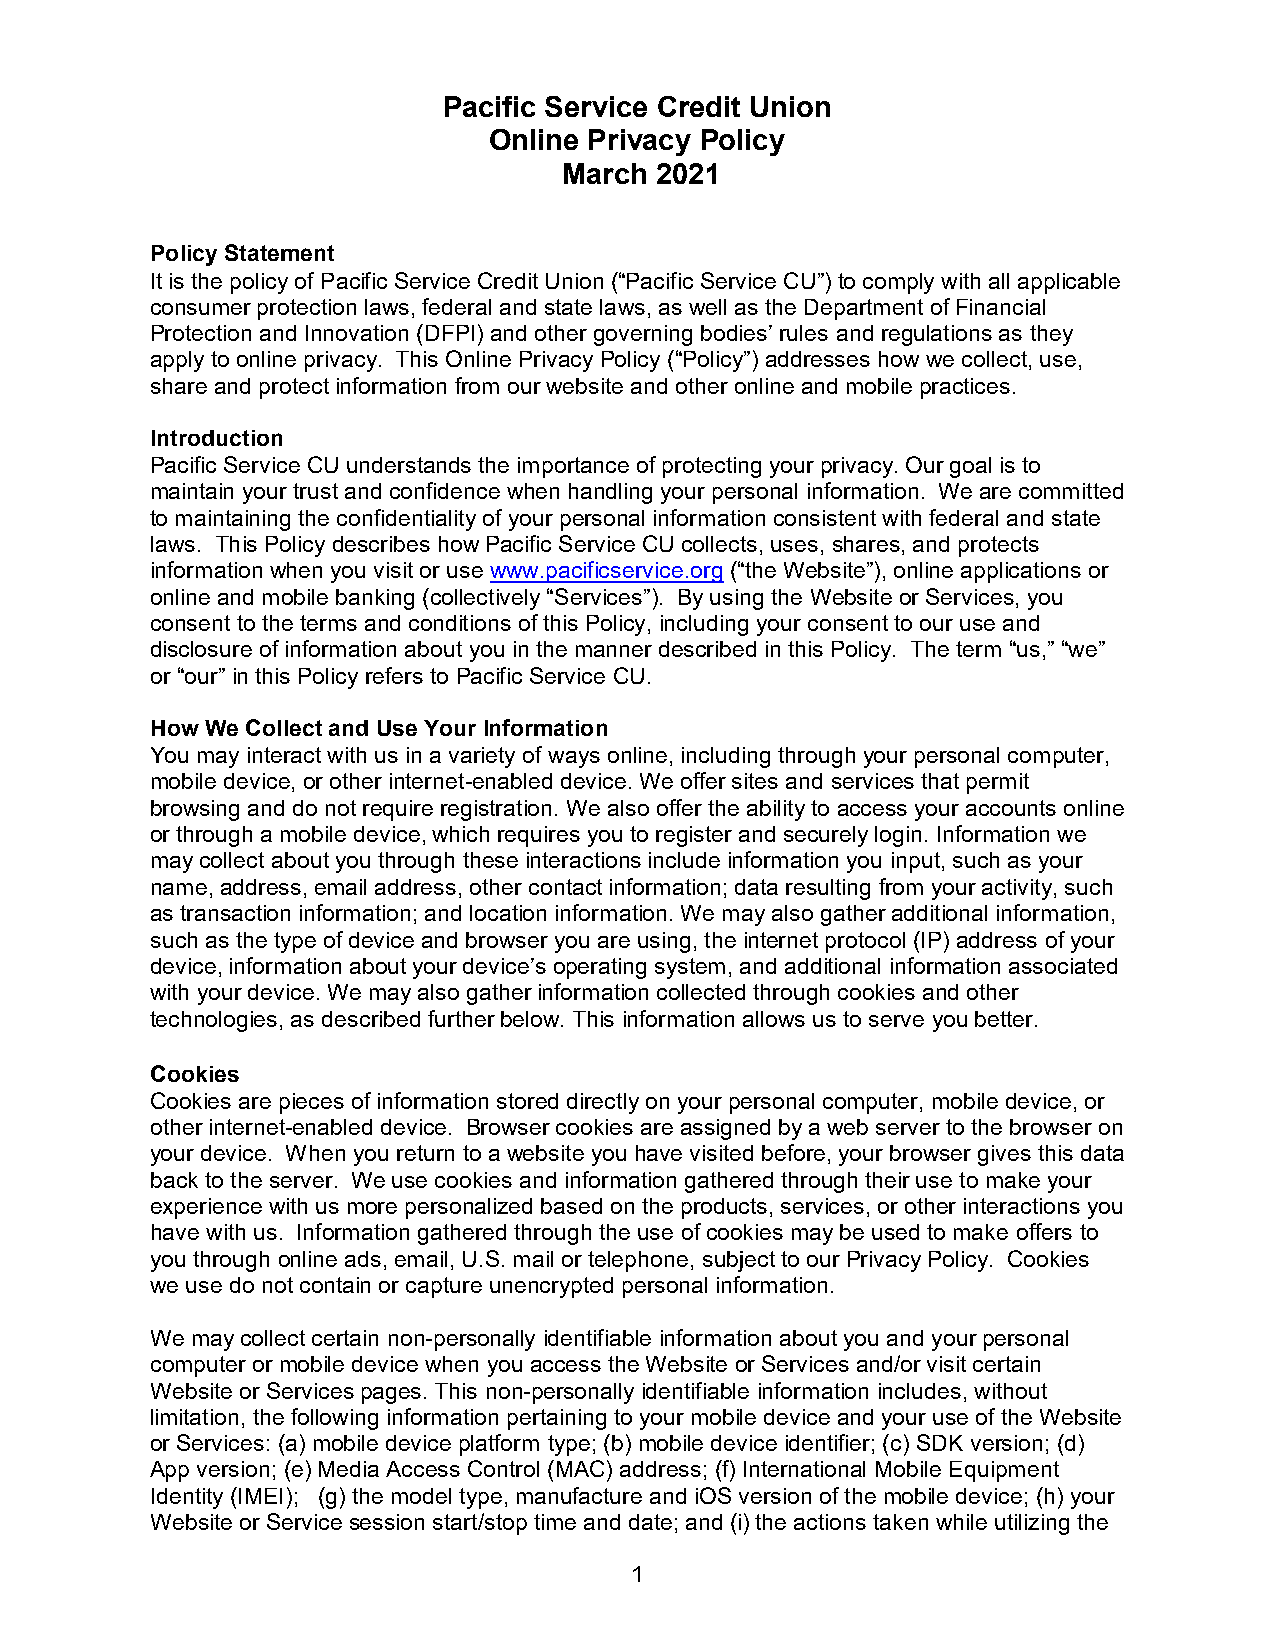
Pacific Service Credit Union
 Online Privacy Policy
 March 2021
 Policy Statement
 It is the policy of Pacific Service Credit Union (“Pacific Service CU”) to comply with all applicable
 consumer protection laws, federal and state laws, as well as the Department of Financial
 Protection and Innovation (DFPI) and other governing bodies’ rules and regulations as they
 apply to online privacy. This Online Privacy Policy (“Policy”) addresses how we collect, use,
 share and protect information from our website and other online and mobile practices.
 Introduction
 Pacific Service CU understands the importance of protecting your privacy. Our goal is to
 maintain your trust and confidence when handling your personal information. We are committed
 to maintaining the confidentiality of your personal information consistent with federal and state
 laws. This Policy describes how Pacific Service CU collects, uses, shares, and protects
 information when you visit or use www.pacificservice.org (“the Website”), online applications or
 online and mobile banking (collectively “Services”). By using the Website or Services, you
 consent to the terms and conditions of this Policy, including your consent to our use and
 disclosure of information about you in the manner described in this Policy. The term “us,” “we”
 or “our” in this Policy refers to Pacific Service CU.
 How We Collect and Use Your Information
 You may interact with us in a variety of ways online, including through your personal computer,
 mobile device, or other internet-enabled device. We offer sites and services that permit
 browsing and do not require registration. We also offer the ability to access your accounts online
 or through a mobile device, which requires you to register and securely login. Information we
 may collect about you through these interactions include information you input, such as your
 name, address, email address, other contact information; data resulting from your activity, such
 as transaction information; and location information. We may also gather additional information,
 such as the type of device and browser you are using, the internet protocol (IP) address of your
 device, information about your device’s operating system, and additional information associated
 with your device. We may also gather information collected through cookies and other
 technologies, as described further below. This information allows us to serve you better.
 Cookies
 Cookies are pieces of information stored directly on your personal computer, mobile device, or
 other internet-enabled device. Browser cookies are assigned by a web server to the browser on
 your device. When you return to a website you have visited before, your browser gives this data
 back to the server. We use cookies and information gathered through their use to make your
 experience with us more personalized based on the products, services, or other interactions you
 have with us. Information gathered through the use of cookies may be used to make offers to
 you through online ads, email, U.S. mail or telephone, subject to our Privacy Policy. Cookies
 we use do not contain or capture unencrypted personal information.
 We may collect certain non-personally identifiable information about you and your personal
 computer or mobile device when you access the Website or Services and/or visit certain
 Website or Services pages. This non-personally identifiable information includes, without
 limitation, the following information pertaining to your mobile device and your use of the Website
 or Services: (a) mobile device platform type; (b) mobile device identifier; (c) SDK version; (d)
 App version; (e) Media Access Control (MAC) address; (f) International Mobile Equipment
 Identity (IMEI); (g) the model type, manufacture and iOS version of the mobile device; (h) your
 Website or Service session start/stop time and date; and (i) the actions taken while utilizing the
 1